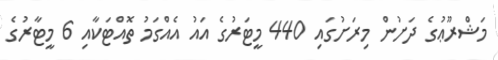
މަޝްރޫޢުގެ ދަށުން މިރަށުގައި 440 މީޓަރުގެ އައު އެއްގަމު ތޮއްޓަކާއި 6 މީޓާރުގެ